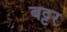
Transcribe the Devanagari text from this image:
बट्टर